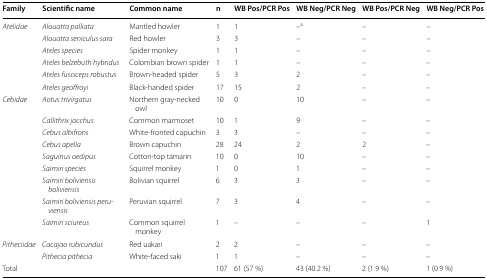
| Family | Scientific name | Common name | n | WB Pos/PCR Pos | WB Neg/PCR Neg | WB Pos/PCR Neg | WB Neg/PCR Pos |
 | --- | --- | --- | --- | --- | --- | --- | --- |
 | <ROWSPAN=6> Atelidae | Alouatta palliata | Mantled howler | 1 | 1 | –a | – | – |
 | Alouatta seniculus sara | Red howler | 3 | 3 | – | – | – |
 | Ateles species | Spider monkey | 1 | 1 | – | – | – |
 | Ateles belzebuth hybridus | Colombian brown spider | 1 | 1 | – | – | – |
 | Ateles fusciceps robustus | Brown-headed spider | 5 | 3 | 2 | – | – |
 | Ateles geoffroyi | Black-handed spider | 17 | 15 | 2 | – | – |
 | <ROWSPAN=9> Cebidae | Aotus trivirgatus | Northern gray-necked owl | 10 | 0 | 10 | – | – |
 | Callithrix jacchus | Common marmoset | 10 | 1 | 9 | – | – |
 | Cebus albifrons | White-fronted capuchin | 3 | 3 | – | – | – |
 | Cebus apella | Brown capuchin | 28 | 24 | 2 | 2 | – |
 | Saguinus oedipus | Cotton-top tamarin | 10 | 0 | 10 | – | – |
 | Saimiri species | Squirrel monkey | 1 | 0 | 1 | – | – |
 | Saimiri boliviensis boliviensis | Bolivian squirrel | 6 | 3 | 3 | – | – |
 | Saimiri boliviensis peruviensis | Peruvian squirrel | 7 | 3 | 4 | – | – |
 | Saimiri sciureus | Common squirrel monkey | 1 | – | – | – | 1 |
 | <ROWSPAN=2> Pitheciidae | Cacajao rubicundus | Red uakari | 2 | 2 | – | – | – |
 | Pithecia pithecia | White-faced saki | 1 | 1 | – | – | – |
 | Total |  |  | 107 | 61 (57 %) | 43 (40.2 %) | 2 (1.9 %) | 1 (0.9 %) |